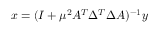
x = ( I + \mu ^ { 2 } A ^ { T } \Delta ^ { T } \Delta A ) ^ { - 1 } y